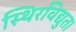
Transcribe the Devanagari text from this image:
स्थिरविद्युत।